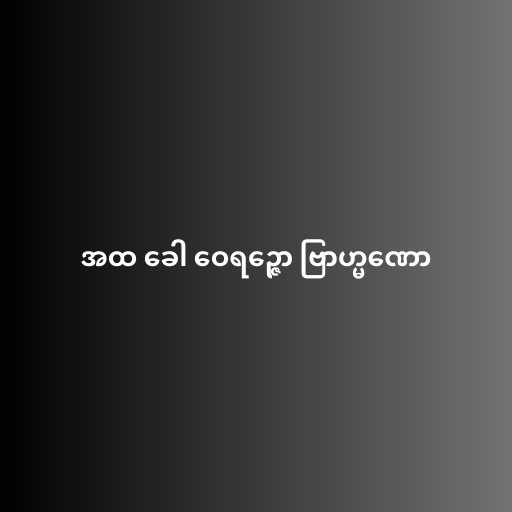
အထ ခေါ ဝေရဉ္ဇော ဗြာဟ္မဏော